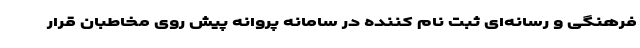
فرهنگی و رسانه‌ای ثبت نام کننده در سامانه پروانه پیش روی مخاطبان قرار